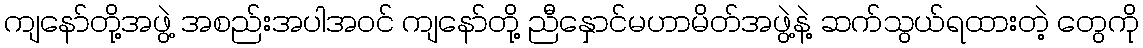
ကျနော်တို့အဖွဲ့ အစည်းအပါအဝင် ကျနော်တို့ ညီနှောင်မဟာမိတ်အဖွဲ့နဲ့ ဆက်သွယ်ရထားတဲ့ တွေကို